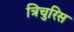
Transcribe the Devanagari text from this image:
त्रिचुरिस